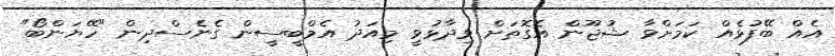
އެއް ބޭފުޅެއް ކަމަށްވާ ޝުޖޫން އެގޮތަށް ވިދާޅުވީ މިއަދު އެމްބީސީން ގެނެސްދިން "ހޭޔަންބޯ"